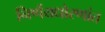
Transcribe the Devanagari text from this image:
निर्णयधोरणांत